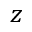
z